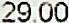
29.00